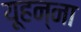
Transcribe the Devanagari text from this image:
यूहन्ना